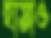
হায়াও